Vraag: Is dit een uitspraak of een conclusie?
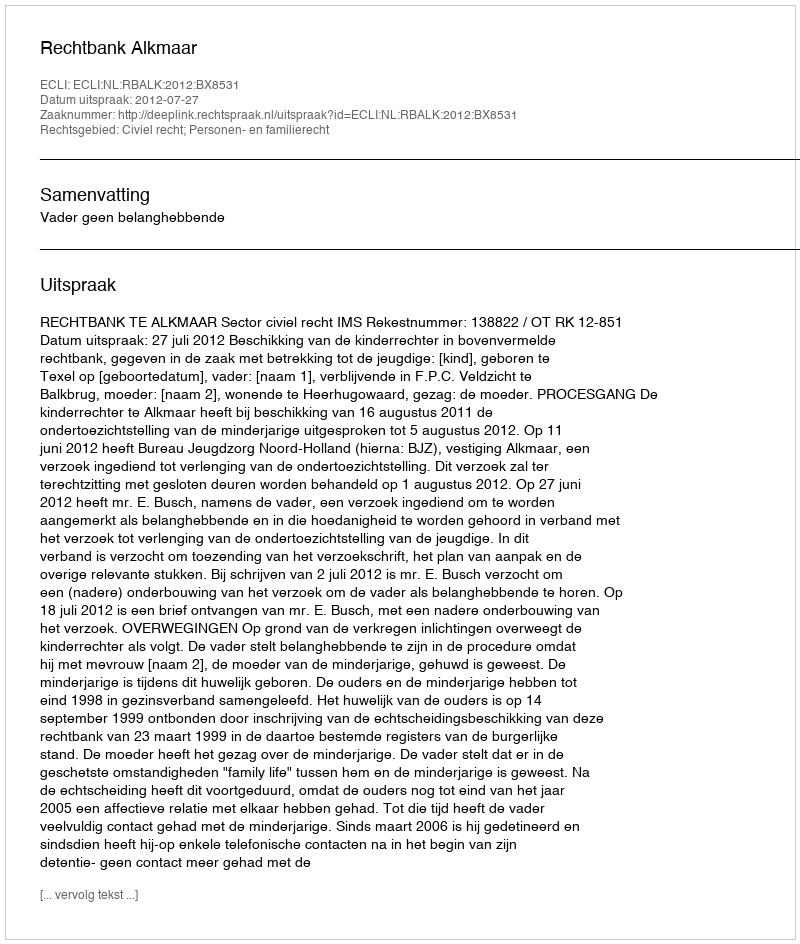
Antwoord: Uitspraak